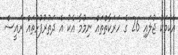
އެކަމަކު ޖުލައި 26 ގެ ހަރަކާތްތައް ނިމުމާ އެކު އެ ދަތުރުފުޅުތައް ރައީސް